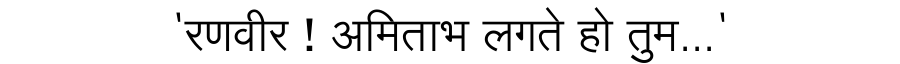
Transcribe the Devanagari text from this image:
'रणवीर ! अमिताभ लगते हो तुम...'